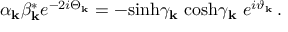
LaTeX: \alpha _ { \bf k } \beta _ { \bf k } ^ { \ast } e ^ { - 2 i \Theta _ { \bf k } } = - \mathrm { s i n h } \gamma _ { \bf k } \ \mathrm { c o s h } \gamma _ { \bf k } \ e ^ { i \vartheta _ { \bf k } } \, .